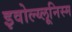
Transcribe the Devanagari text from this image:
इवोल्य्लूनिस्म